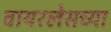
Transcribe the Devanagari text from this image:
वायरलेसच्या